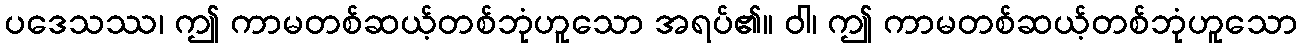
ပဒေသဿ၊ ဤ ကာမတစ်ဆယ့်တစ်ဘုံဟူသော အရပ်၏။ ဝါ၊ ဤ ကာမတစ်ဆယ့်တစ်ဘုံဟူသော